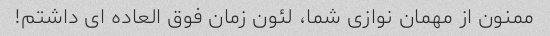
ممنون از مهمان نوازی شما، لئون زمان فوق العاده ای داشتم!